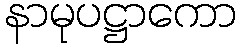
နာမုပဋ္ဌာကော